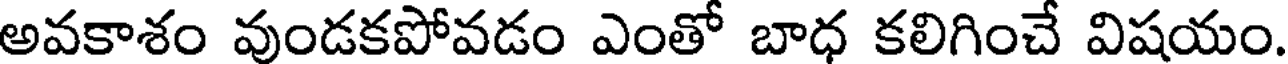
అవకాశం వుండకపోవడం ఎంతో బాధ కలిగించే విషయం